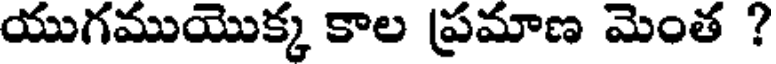
యుగముయొక్క కాల ప్రమాణ మెంత ?